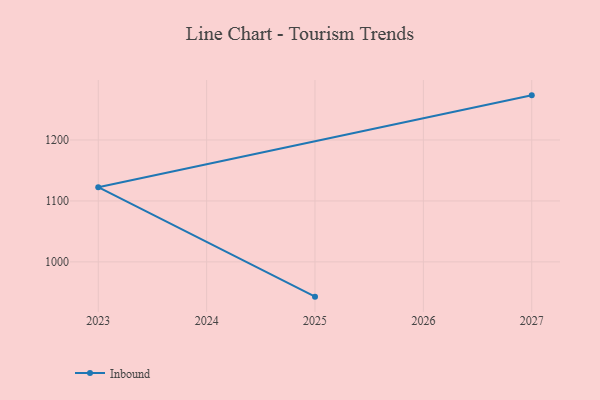
{"axis": {"x": "Year", "y": "Demand Index"}, "legend": ["Inbound"], "data": [{"x": "2027", "y": 1273.3, "type": "Inbound"}, {"x": "2023", "y": 1122.5, "type": "Inbound"}, {"x": "2025", "y": 942.9, "type": "Inbound"}]}